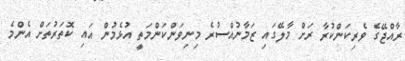
ރާއްޖޭގެ ވެރިކަންކުރާ ރަށް މާލޭގައި ޒަމާނުއްސުރެ މިނިވަންކަންމަތީ އުޅެމުން އައި ކޮތަރުތަށް އެންމެ